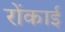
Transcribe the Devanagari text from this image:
रोंकाई